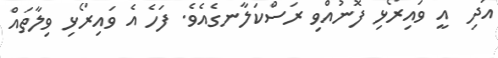
އަދި  އީ ވައިރޯޅި ފޮނުއްވި ރަސްކަލާނގެއެވެ. ފަހެ އެ ވައިރޯޅި ވިލާތައް